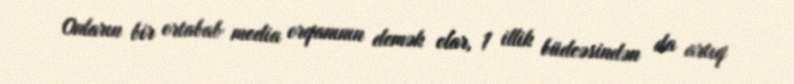
Onların bir ortabab media orqanının demək olar, 1 illik büdcəsindən da artıq